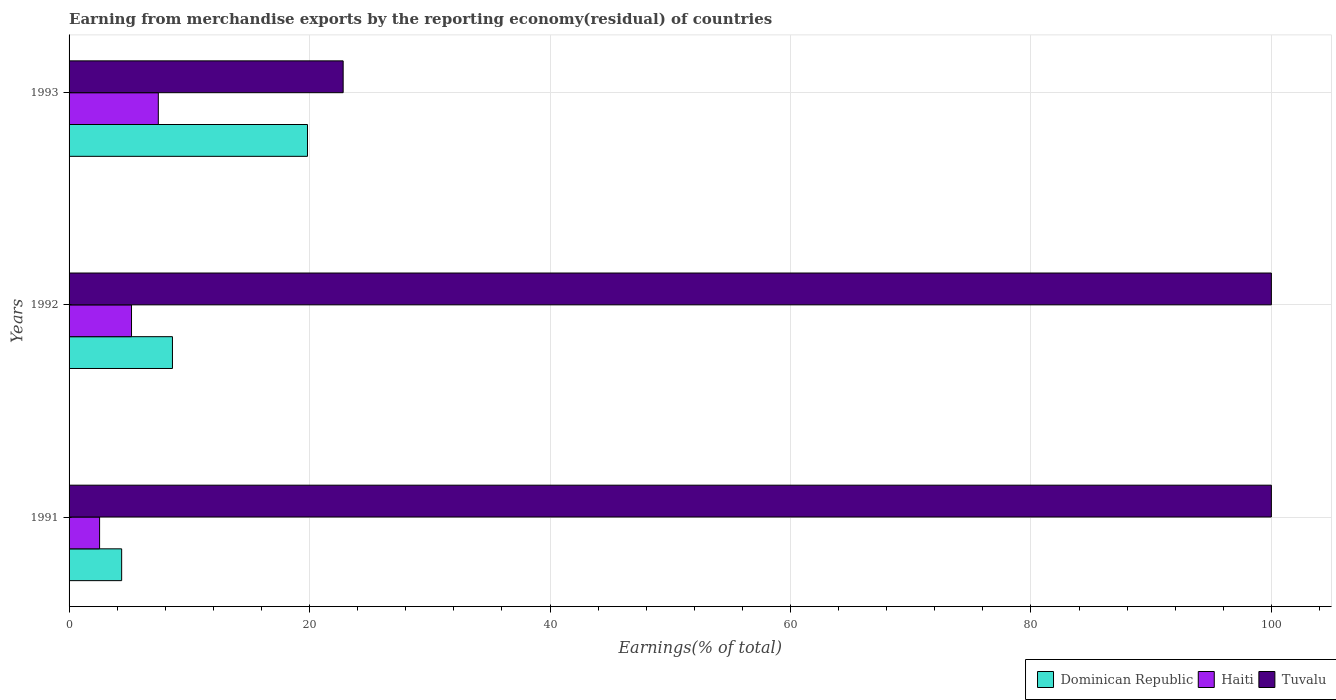
| Years | Dominican Republic | Haiti | Tuvalu |
 | --- | --- | --- | --- |
 | 1991 | 4.37 | 2.54 | 100 |
 | 1992 | 8.6 | 5.19 | 100 |
 | 1993 | 19.8 | 7.42 | 22.8 |